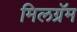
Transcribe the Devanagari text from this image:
मिलग्रॅम